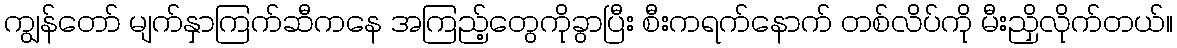
ကျွန်တော် မျက်နှာကြက်ဆီကနေ အကြည့်တွေကိုခွာပြီး စီးကရက်နောက် တစ်လိပ်ကို မီးညှိလိုက်တယ်။